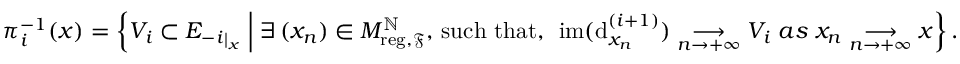
\pi _ { i } ^ { - 1 } ( x ) = \left\{ V _ { i } \subset { E _ { - i } } _ { | _ { x } } \; \middle | \; \exists \, ( x _ { n } ) \in M _ { \mathrm { r e g } , \mathfrak F } ^ { \mathbb { N } } , \, \mathrm { s u c h ~ t h a t } , \, \; \mathrm { i m } ( \mathrm { d } _ { x _ { n } } ^ { ( i + 1 ) } ) \underset { n \to + \infty } { \longrightarrow } V _ { i } \; a s \; x _ { n } \underset { n \to + \infty } { \longrightarrow } x \right\} .